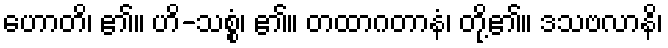
ဟောတိ၊ ၏။ ဟိ-သစ္စံ၊ ၏။ တထာဂတာနံ၊ တို့၏။ ဒသဗလာနိ၊